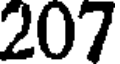
207